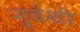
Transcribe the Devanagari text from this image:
नृवंशी